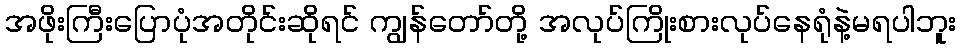
အဖိုးကြီးပြောပုံအတိုင်းဆိုရင် ကျွန်တော်တို့ အလုပ်ကြိုးစားလုပ်နေရုံနဲ့မရပါဘူး